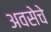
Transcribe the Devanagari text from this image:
अवसेचे